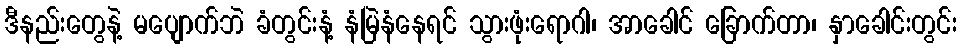
ဒီနည်းတွေနဲ့ မပျောက်ဘဲ ခံတွင်းနံ့ နံမြဲနံနေရင် သွားဖုံးရောဂါ၊ အာခေါင် ခြောက်တာ၊ နှာခေါင်းတွင်း